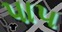
પા૫